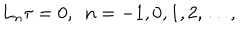
L _ { n } \tau = 0 , \, \, \, n = - 1 , 0 , 1 , 2 , \dots ,